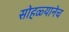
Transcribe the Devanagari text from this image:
सोहळ्यानेच